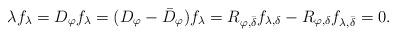
LaTeX: \begin{align*}\lambda f_{\lambda} = D_{\varphi} f_{\lambda} =( D_{\varphi} - \bar{D}_{\varphi} ) f_{\lambda}= R_{\varphi, \bar{\delta}} f_{\lambda, \delta} - R_{\varphi, \delta} f_{\lambda, \bar{\delta}} = 0.\end{align*}